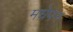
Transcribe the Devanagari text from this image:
मधेपन